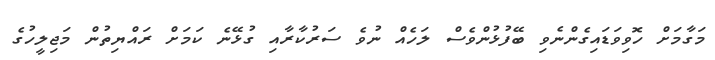
މަގާމަށް ހޮވިވަޑައިގެންނެވި ބޭފުޅުންވެސް ލަހެއް ނުވެ ސަރުކާރާއި ގުޅޭނެ ކަމަށް ރައްޔިތުން މަޖިލީހުގެ